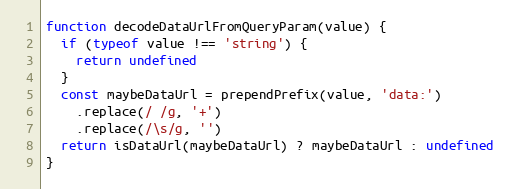
Language: JavaScript
function decodeDataUrlFromQueryParam(value) {
  if (typeof value !== 'string') {
    return undefined
  }
  const maybeDataUrl = prependPrefix(value, 'data:')
    .replace(/ /g, '+')
    .replace(/\s/g, '')
  return isDataUrl(maybeDataUrl) ? maybeDataUrl : undefined
}